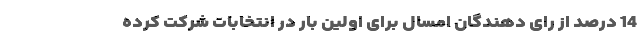
14 درصد از رای دهندگان امسال برای اولین بار در انتخابات شرکت کرده